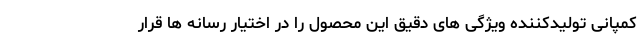
کمپانی تولیدکننده ویژگی های دقیق این محصول را در اختیار رسانه ها قرار